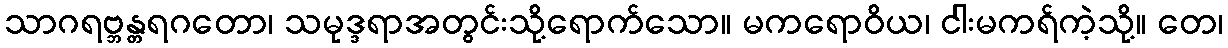
သာဂရဗ္ဘန္တရဂတော၊ သမုဒ္ဒရာအတွင်းသို့ရောက်သော။ မကရောဝိယ၊ ငါးမကရ်ကဲ့သို့။ တေ၊